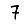
Digit: 7